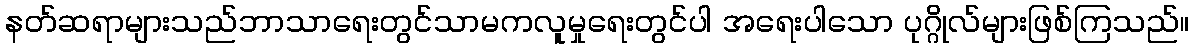
နတ်ဆရာများသည်ဘာသာရေးတွင်သာမကလူမှုရေးတွင်ပါ အရေးပါသော ပုဂ္ဂိုလ်များဖြစ်ကြသည်။